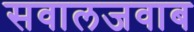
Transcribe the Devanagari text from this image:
सवालजवाब